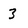
Character: 3